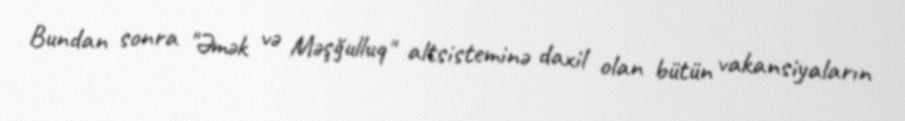
Bundan sonra "Əmək və Məşğulluq" altsisteminə daxil olan bütün vakansiyaların